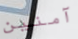
آمنين